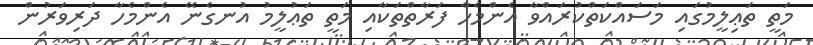
މަތީ ތަޢިލީމުގައި މަސައްކަތްކުރައްވާ އެންމެހާ ފަރާތްތަކާއި މަތީ ތަޢުލީމު އުނގެނޭ އެންމެހާ ދަރިވަރުން